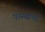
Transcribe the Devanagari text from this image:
पत्‍न्यांचा